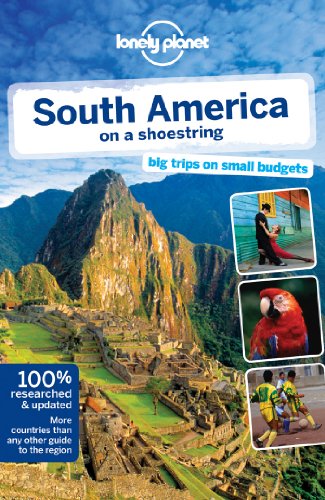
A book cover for Lonely Planet South America on a shoestring (Travel Guide); Lonely Planet; Travel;